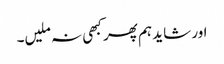
اور شاید ہم پھر کبھی نہ ملیں۔